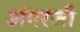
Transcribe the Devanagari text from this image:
अंगरजी